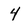
Character: 4